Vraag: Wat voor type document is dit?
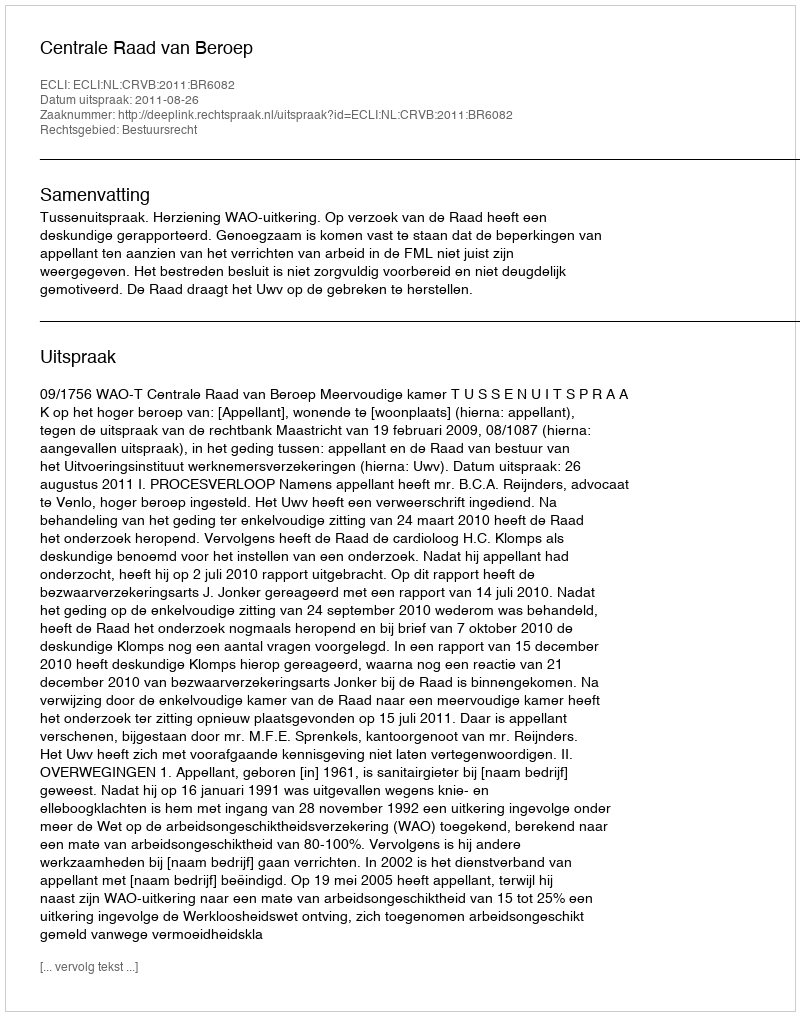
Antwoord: Uitspraak